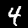
Label: 4